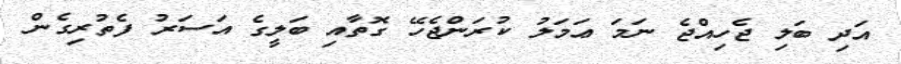
އަދި ބަލި ޖެހިއްޖެ ނަމަ ޢަމަލު ކުރަންޖެހޭ ގޮތާއި ބަލީގެ އަސަރު ފެތުރިގެން